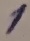
Text: 1